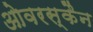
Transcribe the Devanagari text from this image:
ओवरस्कैन